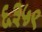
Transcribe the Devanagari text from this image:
६३५९